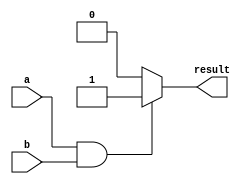
module conditional_assign (
    input a,
    input b,
    output reg result
);

always @* begin
    if (a && b) begin
        result = 1;
    end else begin
        result = 0;
    end
end

endmodule